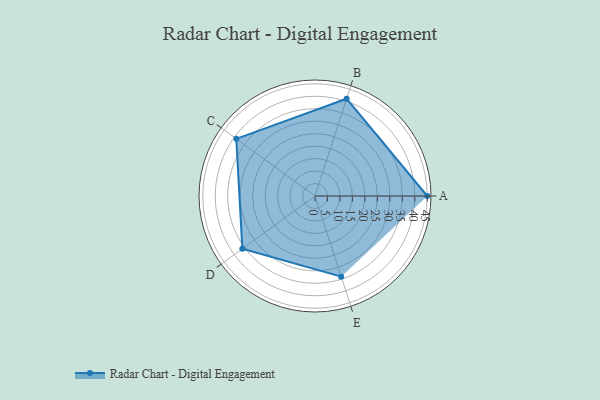
{"axis": {"x": "Skill", "y": "Score"}, "legend": ["Profile"], "data": [{"x": "A", "y": 45.0, "type": "Profile"}, {"x": "B", "y": 41.0, "type": "Profile"}, {"x": "C", "y": 39.0, "type": "Profile"}, {"x": "D", "y": 36.0, "type": "Profile"}, {"x": "E", "y": 34.0, "type": "Profile"}]}